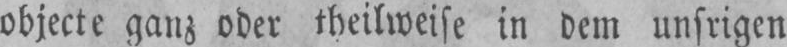
objecte ganz oder theilweise in dem unsrigen